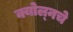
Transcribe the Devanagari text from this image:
क्योल्नचे